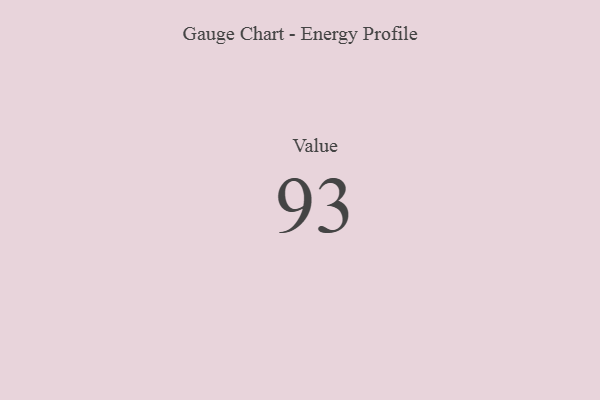
{"axis": {"x": "Metric", "y": "Value"}, "legend": [""], "data": [{"x": "Value", "y": 93, "type": ""}]}